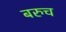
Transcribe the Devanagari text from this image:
बरुच